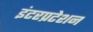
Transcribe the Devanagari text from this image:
इंटरप्रटेशन